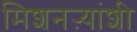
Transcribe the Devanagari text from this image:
मिशनऱ्यांशी